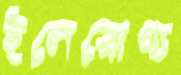
ইলেরোগ্য